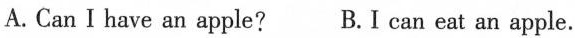
A. Can I have an apple? B. I can eat an apple.